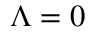
\Lambda = 0